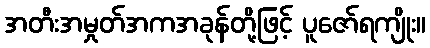
အတီးအမှုတ်အကအခုန်တို့ဖြင့် ပူဇော်ရကျိုး။